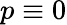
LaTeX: p\equiv 0